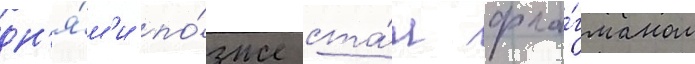
дн'я́м'и по́зже ста́л фла́гманом